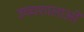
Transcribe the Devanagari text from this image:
उच्चशालाओं